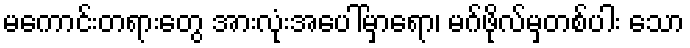
မကောင်းတရားတွေ အားလုံးအပေါ်မှာရော၊ မဂ်ဖိုလ်မှတစ်ပါး သော